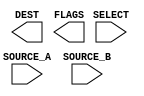
module Add(
	input 	wire [BIT_LEN-1:0] SOURCE_A, 
	input 	wire [BIT_LEN-1:0] SOURCE_B, 
	input	wire 			   SELECT,
	output 	wire [BIT_LEN-1:0] DEST, 
	output	wire [FLG_LEN-1:0] FLAGS
	);
	
	parameter BIT_LEN = 8;
	parameter FLG_LEN = 4;
	
	wire [BIT_LEN-1:0] d;
	wire [BIT_LEN-1:0] carry;
	
	xor xor1_ab(SOURCE_A[0], SOURCE_B[0], d[0]);
	xor xor1_dc(d[0], 0, carry[1]);
	
endmodule